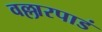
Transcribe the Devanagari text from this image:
वल्लारपाडं